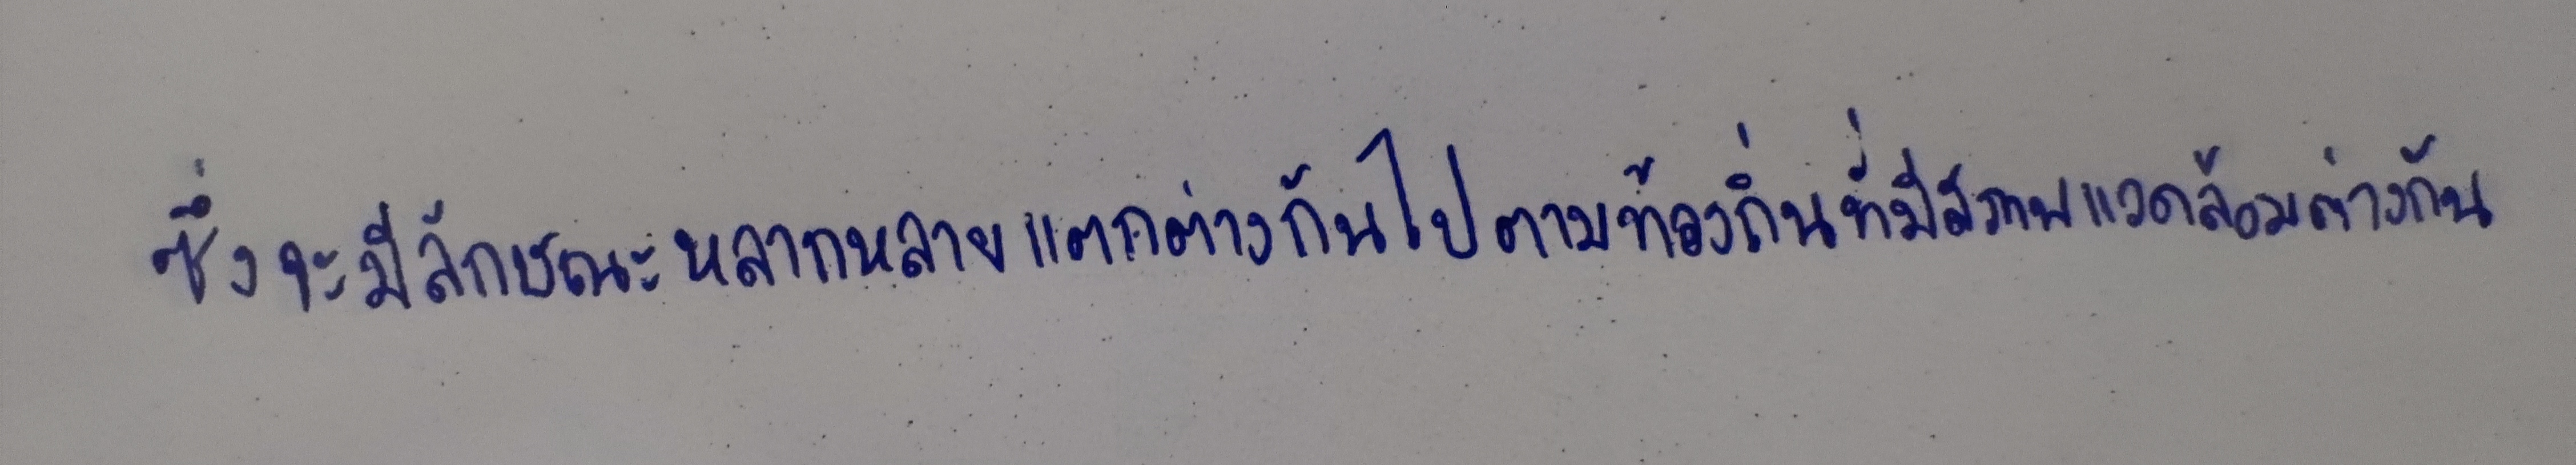
ซึ่งจะมีลักษณะหลากหลายแตกต่างกันไปตามท้องถิ่นที่มีสภาพแวดล้อมต่างกัน